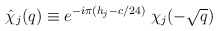
\begin{align*}\hat{\chi}_j(q) \equiv e^{-i\pi(h_j-c/24)}\;\chi_j(-\sqrt{q})\end{align*}